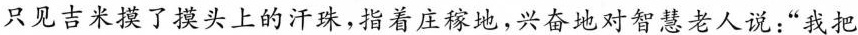
只见吉米摸了摸头上的汗珠，指着庄稼地，兴奋地对智慧老人说：“我把